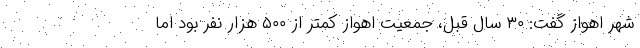
شهر اهواز گفت: ۳۰ سال قبل، جمعیت اهواز کمتر از ۵۰۰ هزار نفر بود اما